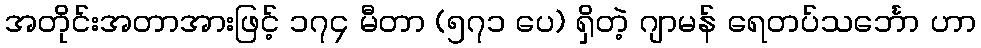
အတိုင်းအတာအားဖြင့် ၁၇၄ မီတာ (၅၇၁ ပေ) ရှိတဲ့ ဂျာမန် ရေတပ်သင်္ဘော ဟာ